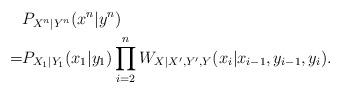
LaTeX: \begin{align*}& P_{X^n|Y^n}(x^n|y^n) \\= &P_{X_1|Y_1}(x_1|y_1) \prod_{i=2}^n W_{X|X',Y',Y}(x_i | x_{i-1},y_{i-1},y_i).\end{align*}